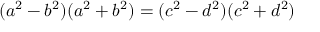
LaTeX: ( a ^ { 2 } - b ^ { 2 } ) ( a ^ { 2 } + b ^ { 2 } ) = ( c ^ { 2 } - d ^ { 2 } ) ( c ^ { 2 } + d ^ { 2 } )